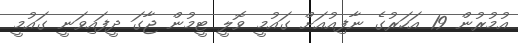
އުމުރުން 19 އަހަރުގެ ނާފިއުއަށް ގައުމީ ވޮލީ ޓީމުން ޖާގަ ދީފައިވަނީ ގައުމީ